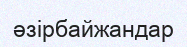
әзірбайжандар